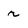
Character: r